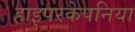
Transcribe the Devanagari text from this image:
हाइपरकेपनिया